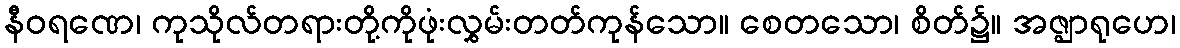
နီဝရဏေ၊ ကုသိုလ်တရားတို့ကိုဖုံးလွှမ်းတတ်ကုန်သော။ စေတသော၊ စိတ်၌။ အဇ္ဈာရုဟေ၊